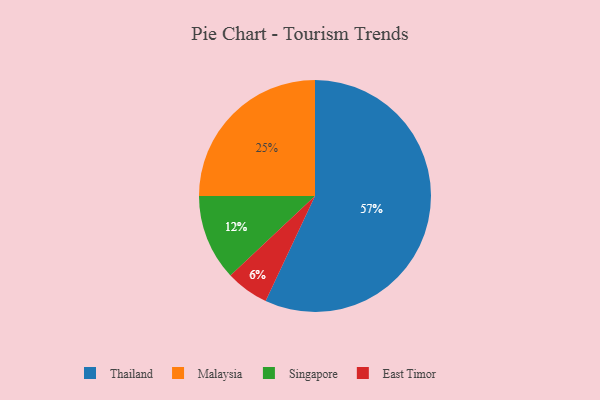
{"axis": {"x": "Category", "y": "Percentage"}, "legend": ["East Timor", "Malaysia", "Singapore", "Thailand"], "data": [{"x": "Thailand", "y": 57, "type": "Thailand"}, {"x": "Malaysia", "y": 25, "type": "Malaysia"}, {"x": "Singapore", "y": 12, "type": "Singapore"}, {"x": "East Timor", "y": 6, "type": "East Timor"}]}